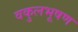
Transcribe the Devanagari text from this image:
वकुलभूषण